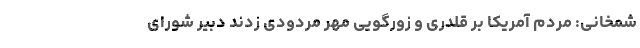
شمخانی: مردم آمریکا بر قلدری و زورگویی مهر مردودی زدند دبیر شورای